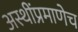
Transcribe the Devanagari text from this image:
अस्थींप्रमाणेच